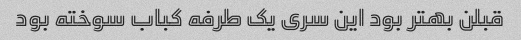
قبلن بهتر بود این سری یک طرفه کباب سوخته بود